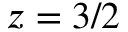
z = 3 / 2